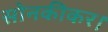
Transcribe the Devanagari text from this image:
सोनकीकर।